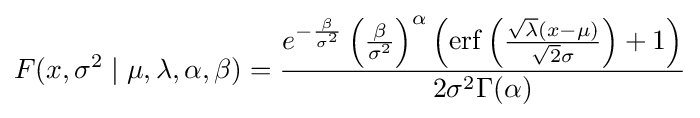
F(x,\sigma ^{2}\mid \mu ,\lambda ,\alpha ,\beta )={\frac {e^{-{\frac {\beta }{\sigma ^{2}}}}\left({\frac {\beta }{\sigma ^{2}}}\right)^{\alpha }\left(\operatorname {erf} \left({\frac {{\sqrt {\lambda }}(x-\mu )}{{\sqrt {2}}\sigma }}\right)+1\right)}{2\sigma ^{2}\Gamma (\alpha )}}